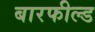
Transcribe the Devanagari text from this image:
बारफील्ड